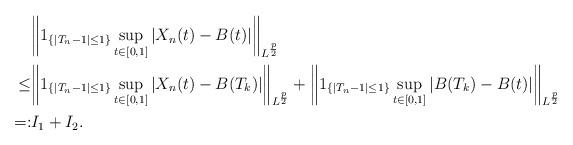
LaTeX: \begin{align*}&\bigg\| 1_{\{|T_{n}-1|\le 1\}}\sup_{t\in[0,1]}|X_{n}(t)-B(t)|\bigg\|_{L^{\frac{p}{2}}}\\\le &\bigg\| 1_{\{|T_{n}-1|\le 1\}}\sup_{t\in[0,1]}|X_{n}(t)-B(T_{k})|\bigg\|_{L^{\frac{p}{2}}}+\bigg\|1_{\{|T_{n}-1|\le 1\}}\sup_{t\in[0,1]}|B(T_{k})-B(t)|\bigg\|_{L^{\frac{p}{2}}}\\ =: & I_1 + I_2.\end{align*}